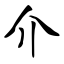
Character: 介